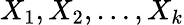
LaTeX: X_{1},X_{2},\dots,X_{k}